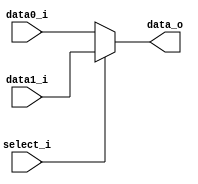
//Subject:		CO project 5 - MUX 2to1
//--------------------------------------------------------------------------------
//Version:		1
//--------------------------------------------------------------------------------
//Writer:		0210022 , 0210029 
//----------------------------------------------
//Date:
//----------------------------------------------
//Description:
//--------------------------------------------------------------------------------

module MUX_2to1(
	data0_i,
	data1_i,
	select_i,
	data_o
);

parameter size = 0;

//I/O ports
input	[size-1:0]	data0_i;
input	[size-1:0]	data1_i;
input				select_i;
output	[size-1:0]	data_o;

//Internal Signals
reg		[size-1:0]	data_o;

//Main function
always@ (*) begin
	if (select_i==1'b0) data_o=data0_i;
	else data_o=data1_i;
end

endmodule